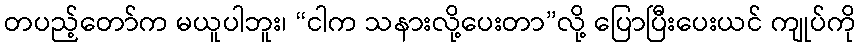
တပည့်တော်က မယူပါဘူး၊ “ငါက သနားလို့ပေးတာ”လို့ ပြောပြီးပေးယင် ကျုပ်ကို